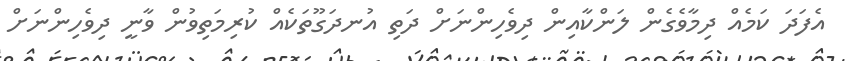
އެފަދަ ކަމެއް ދިމާވެގެން ލަންކާއިން ދިވެހިންނަށް ދަތި އުނދަގޫތަކެއް ކުރިމަތިވުން ވާނީ ދިވެހިންނަށް